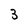
Character: 3